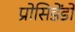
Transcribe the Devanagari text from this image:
प्रोसिडेंडो